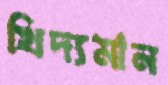
খিদ্যমান